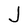
Character: J